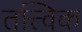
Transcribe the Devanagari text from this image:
तत्त्विक